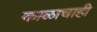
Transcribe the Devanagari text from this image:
काळाचाही